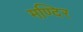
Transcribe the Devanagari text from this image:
मण्दिर